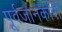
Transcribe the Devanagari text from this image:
पूर्वजानकारी